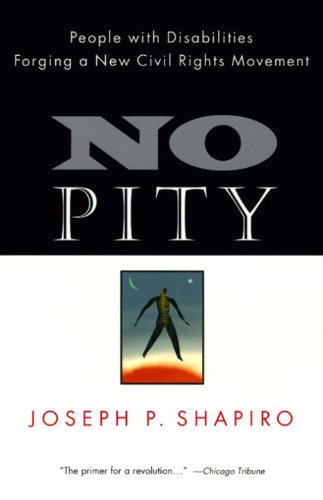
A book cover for No Pity: People with Disabilities Forging a New Civil Rights Movement; Joseph P. Shapiro; Law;